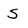
Character: S